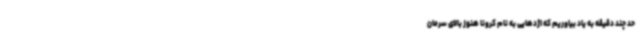
حد چند دقیقه به یاد بیاوریم که اژدهایی به نام کرونا هنوز بالای سرمان